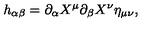
h _ { \alpha \beta } = \partial _ { \alpha } X ^ { \mu } \partial _ { \beta } X ^ { \nu } \eta _ { \mu \nu } ,